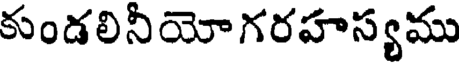
కుండలినీయోగరహస్యము